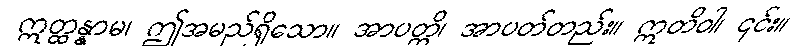
ဣတ္ထန္နာမ၊ ဤအမည်ရှိသော။ အာပတ္တိ၊ အာပတ်တည်း။ ဣတိဝါ၊ ၎င်း။